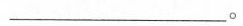
___。